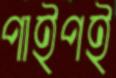
পাইপই